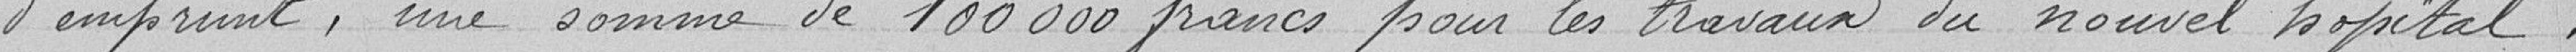
d'emprunt, une somme de 100 000 francs pour les travaux du nouvel hôpital